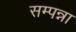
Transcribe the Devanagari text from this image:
सम्पन्ना